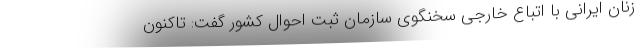
زنان ایرانی با اتباع خارجی سخنگوی سازمان ثبت احوال کشور گفت: تاکنون